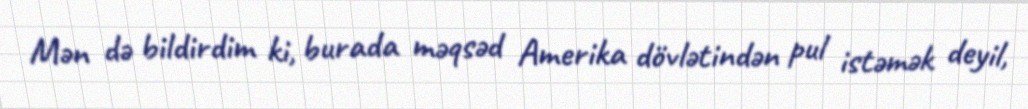
Mən də bildirdim ki, burada məqsəd Amerika dövlətindən pul istəmək deyil,